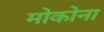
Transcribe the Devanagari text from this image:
मोकोना